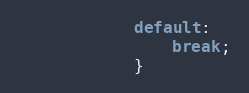
Language: Java
			default:
				break;
			}